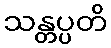
သန္တပ္ပတိ